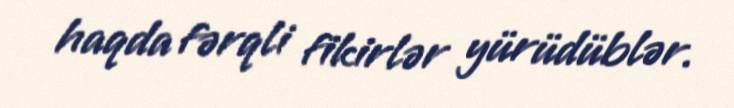
haqda fərqli fikirlər yürüdüblər.